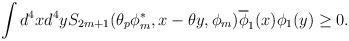
\begin{align*}\int d^{4}x d^{4}y S_{2m + 1} (\theta_{p} \phi_{m}^{\ast } ,x - \theta y,\phi_{m} ) \overline{\phi }_{1} (x)\phi_{1} (y) \geq 0.\end{align*}